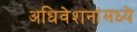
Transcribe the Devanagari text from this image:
अधिवेशनांमध्ये